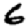
Digit: 6